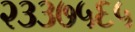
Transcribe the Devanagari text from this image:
२३३७५६५